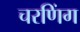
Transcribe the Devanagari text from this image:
चरणिंग